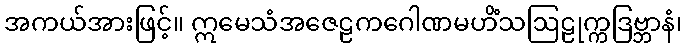
အကယ်အားဖြင့်။ ဣမေသံအဇေဠကဂေါဏမဟိံသဩဠုက္ကဒြဗ္ဘာနံ၊